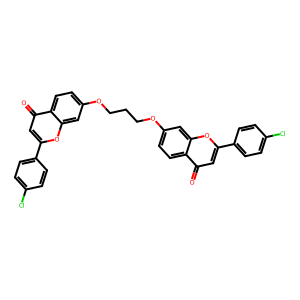
SMILES: O=c1cc(-c2ccc(Cl)cc2)oc2cc(OCCCOc3ccc4c(=O)cc(-c5ccc(Cl)cc5)oc4c3)ccc12
Inhibits HIV replication: No